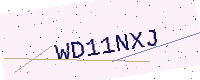
Text: WD11NXJ